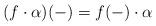
LaTeX: \begin{align*}(f \cdot \alpha) ( - ) = f( - ) \cdot \alpha\end{align*}